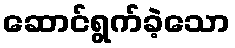
ဆောင်ရွက်ခဲ့သော